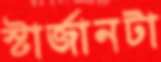
স্টার্জানটা